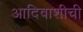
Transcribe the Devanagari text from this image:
आदिवाशीची